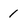
Character: 1